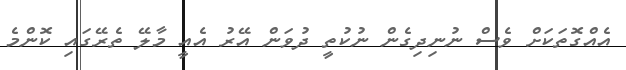
އެއްގޮތަކަށް ވެސް ނުނިދިގެން ނުކުތީ ދުވަން އޭރު އެއީ މާލޭ ތެރޭގައި ކޮންމެ